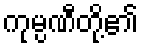
ကုမ္ပဏီတို့၏